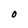
Character: O